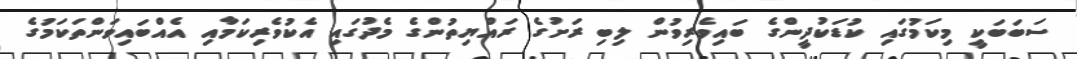
ސަބަބަކީ މިކަމުގައި ކުޑަކުދީންގެ ބައިވެރިވުން ލިބި ރަށުގެ ރައްޔިތުންގެ މެދުގައި އެކުވެރިކަމާއި އެއްބައިވަންތަކަމުގެ